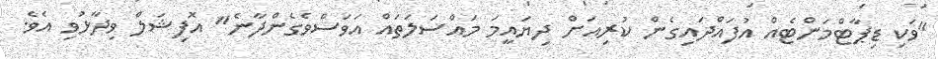
"ވަކި ޑިޕާޓްމަންޓެއް އުފައްދައިގެން ކުރިއަށް ދިޔައީމަ މައްސަލަތައް އަވަސްވެގެންދާނެ" އޮފިޝަލް ވިދާޅުވި އެވެ.